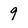
Character: 9